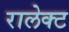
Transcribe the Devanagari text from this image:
रालेक्ट